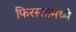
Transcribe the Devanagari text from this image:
फिरस्तामध्ये